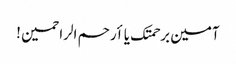
آمین برحمتک یا أرحم الراحمین !